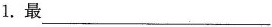
1.最___